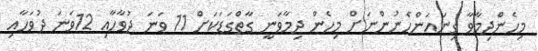
މިހެންދިމާވާ ގިނައަންހެނުންނަށް މިހެން ދިމާވަނީ ގާތްގަޑަކަށް 11 ވަނަ ދުވާހާއި 12ވަނަ ދުވަހާއި